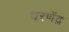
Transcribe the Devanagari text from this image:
धरणेंद्र